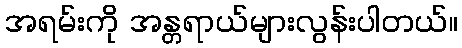
အရမ်းကို အန္တရာယ်များလွန်းပါတယ်။